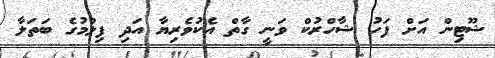
ޝޫޓިން އަށް ފަހު ޝާހްރުކް ވަނީ ގާތް އެކުވެރިޔާ އަދި ފިލްމުގެ ބަތަލާ